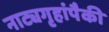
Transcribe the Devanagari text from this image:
नाट्यगृहांपैकी